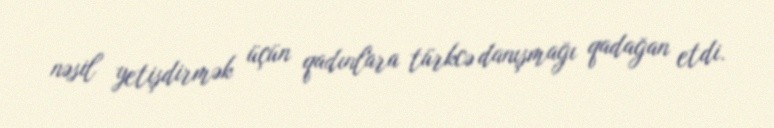
nəsil yetişdirmək üçün qadınlara türkcə danışmağı qadağan etdi.